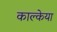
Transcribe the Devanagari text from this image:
काल्केया